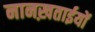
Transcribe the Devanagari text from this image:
नानख़ताईयों